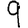
Digit: 9